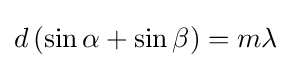
d\left(\sin {\alpha }+\sin {\beta }\right)=m\lambda